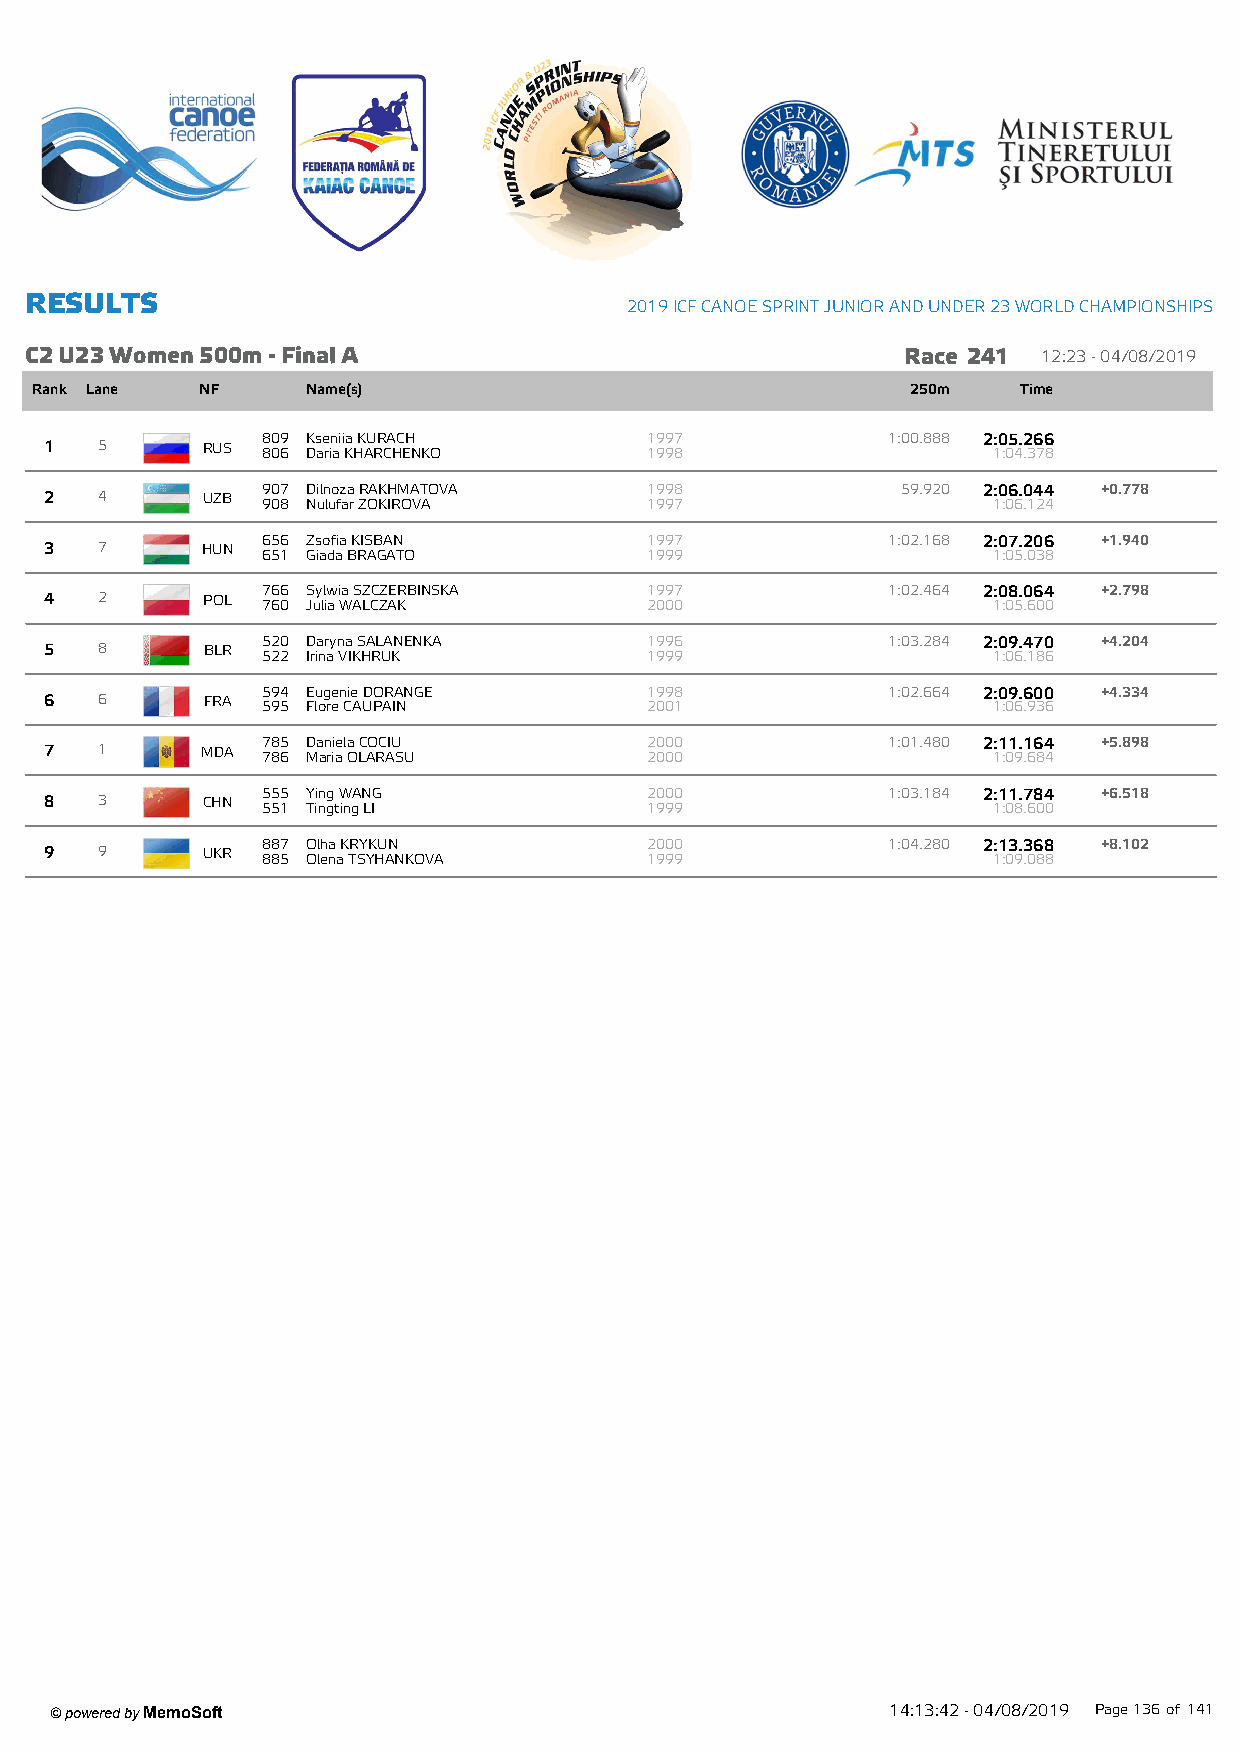
R ESU LTS
 2019 ICF CANOE SPRINT JUNIOR AND UNDER 23 W ORLD CHAMPIONSHIPS
 C2 U23 W om en 500m - Final A                             Race 241 12:23 - 04/08/2019
 Rank Lane  NF     Name(s)                                 250m    Time
 809 Kseniia KURACH        1997            1:00.888 2:05.266
 1  5      RUS 806 Daria KHARCHENKO      1998                   1:04.378
 907 Dilnoza RAKHMATOVA    1998             59.920 2:06.044 +0.778
 2  4      UZB 908 Nulufar ZOKIROVA      1997                   1:06.124
 656 Zsofia KISBAN         1997            1:02.168 2:07.206 +1.940
 3  7      HUN 651 Giada BRAGATO         1999                   1:05.038
 766 Sylwia SZCZERBINSKA   1997            1:02.464 2:08.064 +2.798
 4  2      POL 760 Julia WALCZAK         2000                   1:05.600
 520 Daryna SALANENKA      1996            1:03.284 2:09.470 +4.204
 5  8      BLR 522 Irina VIKHRUK         1999                   1:06.186
 594 Eugenie DORANGE       1998            1:02.664 2:09.600 +4.334
 6  6      FRA 595 Flore CAUPAIN         2001                   1:06.936
 785 Daniela COCIU         2000            1:01.480 2:11.164 +5.898
 7  1      MDA 786 Maria OLARASU         2000                   1:09.684
 555 Ying WANG             2000            1:03.184 2:11.784 +6.518
 8  3      CHN 551 Tingting LI           1999                   1:08.600
 887 Olha KRYKUN           2000            1:04.280 2:13.368 +8.102
 9  9      UKR 885 Olena TSYHANKOVA      1999                   1:09.088
 ' powered by MemoSoft
 14:13:42 - 04/08/2019 Page136 of141